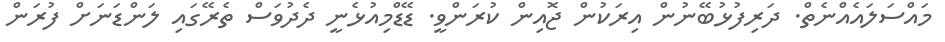
މައްސަލައެއްނެތް. ދަރިފުޅުބޭނުން އިރަކުން ޖޮއިން ކުރަންވީ. ޑޭޑްމިއުޅެނީ ދެދުވަސް ތެރޭގައި ލަންޑަނަށް ފުރަން